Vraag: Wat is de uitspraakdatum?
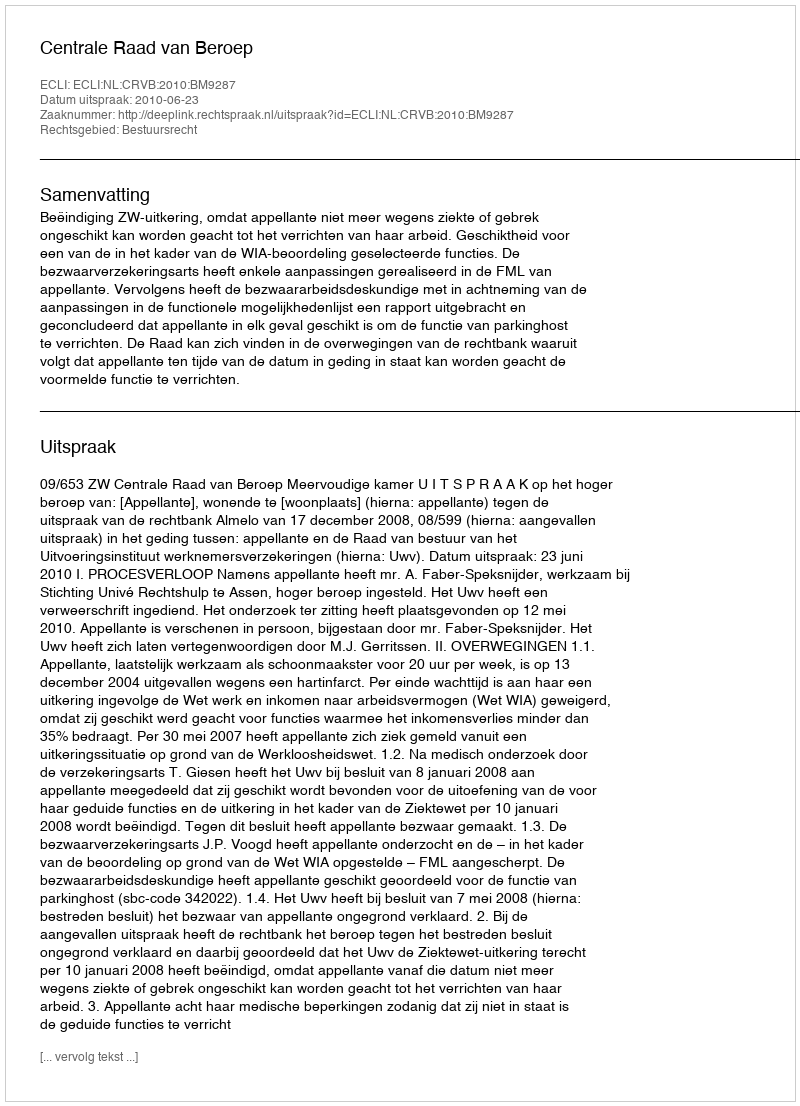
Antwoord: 2010-06-23